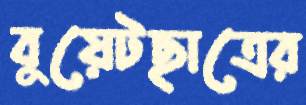
বুয়েটছাত্রের